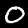
Digit: 0